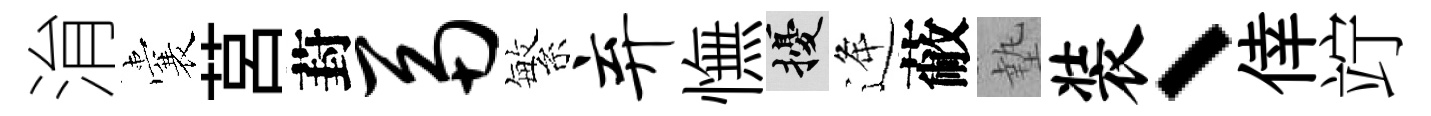
㳙囊莒葑鬲繁弃憮擾逄蔽墊装、倖竚